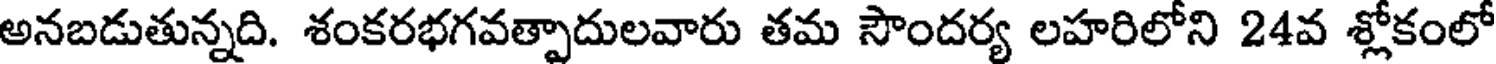
అనబడుతున్నది. శంకరభగవత్పాదులవారు తమ సౌందర్య లహరిలోని 24వ శ్లోకంలో